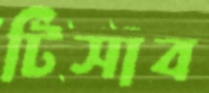
টিসাব